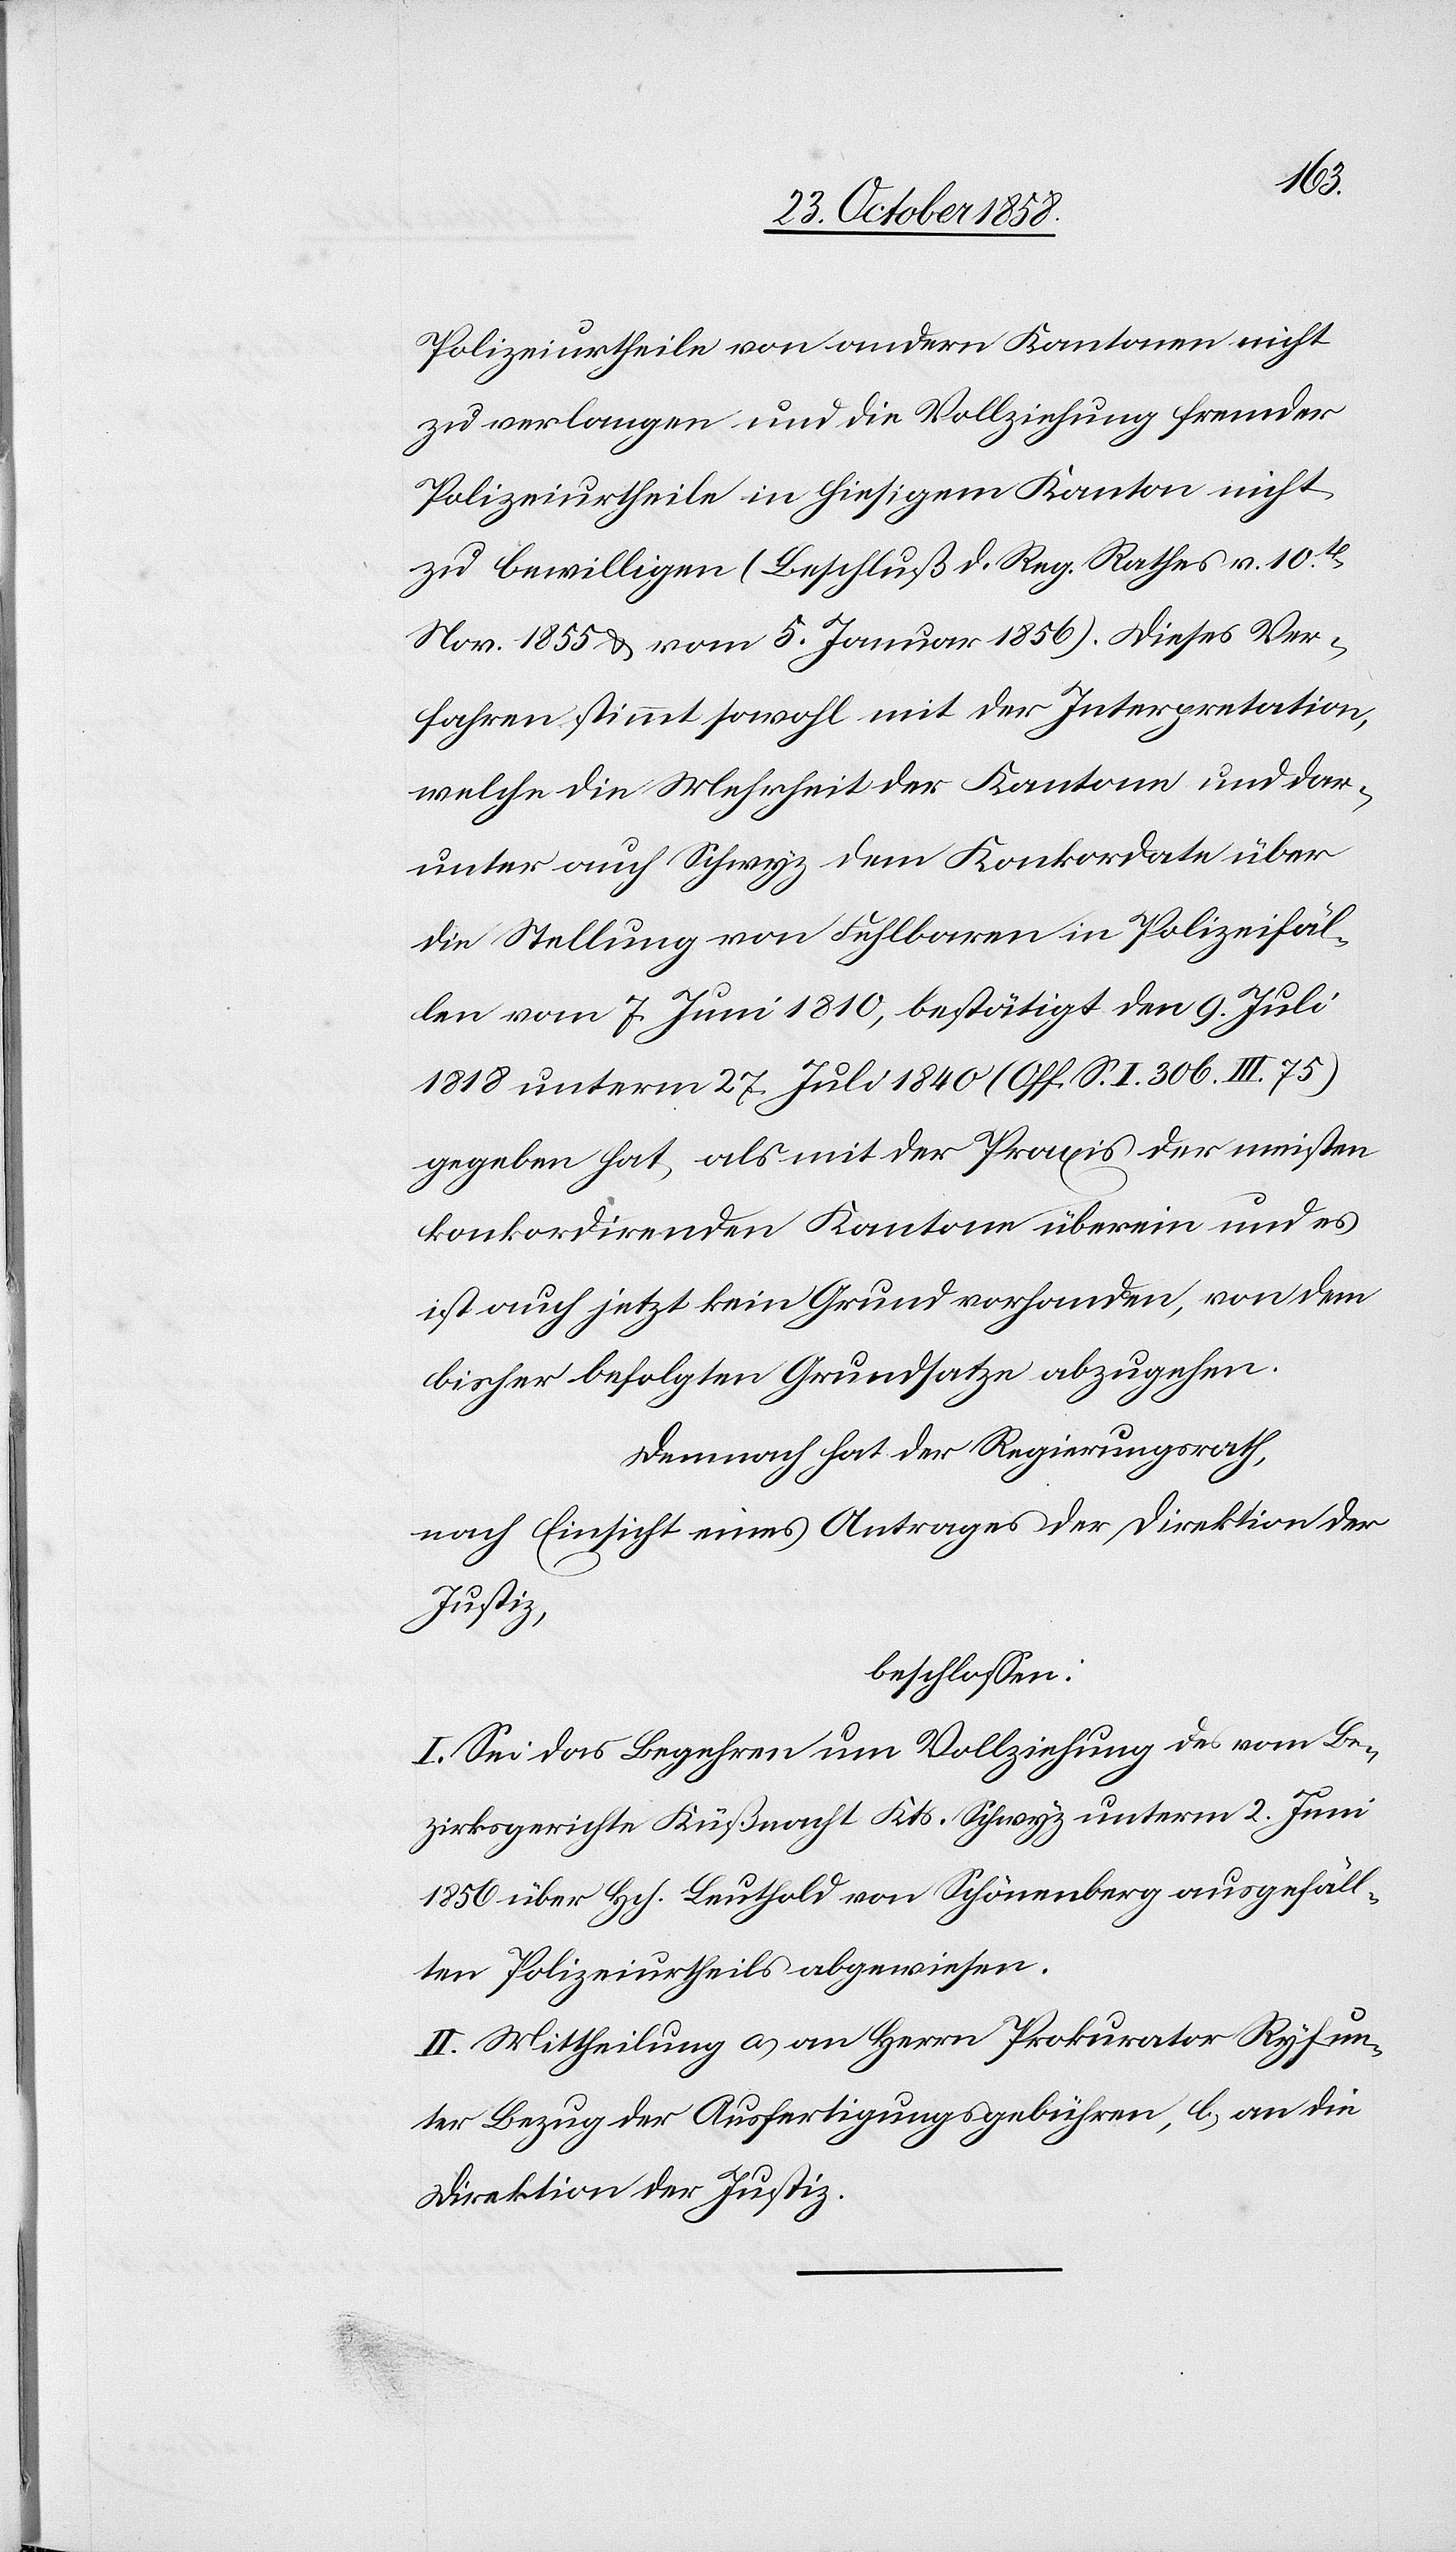
Polizeiurtheile von andern Kantonen nicht
zu verlangen und die Vollziehung fremder
Polizeiurtheile in hiesigem Kanton nicht
zu bewilligen (Beschluß d. Reg. Rathes v. 10t.
Nov. 1855 & vom 5. Januar 1856). Dieses Ver¬
fahren stimmt sowohl mit der Interpretation,
welche die Mehrheit der Kantone und dar¬
unter auch Schwyz dem Konkordate über
die Stellung von Fehlbaren in Polizeifäl¬
len vom 7. Juni 1810, bestätigt den 9. Juli
1818 unterm 27. Juli 1840 (Off. S. I. 306. III. 75)
gegeben hat, als mit der Praxis der meisten
konkordirenden Kantone überein und es
ist auch jetzt kein Grund vorhanden, von dem
bisher befolgten Grundsatze abzugehen.
Demnach hat der Regierungsrath,
nach Einsicht eines Antrages der Direktion der
Justiz,
beschlossen:
I. Sei das Begehren um Vollziehung des vom Be¬
zirksgerichte Küßnacht Kts. Schwyz unterm 2. Juni
1856 über Hch. Leuthold von Schönenberg ausgefäll¬
ten Polizeiurtheils abgewiesen.
II. Mittheilung a) an Herrn Prokurator Ryf un¬
ter Bezug der Ausfertigungsgebühren, b) an die
Direktion der Justiz.